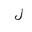
Letter: _lam